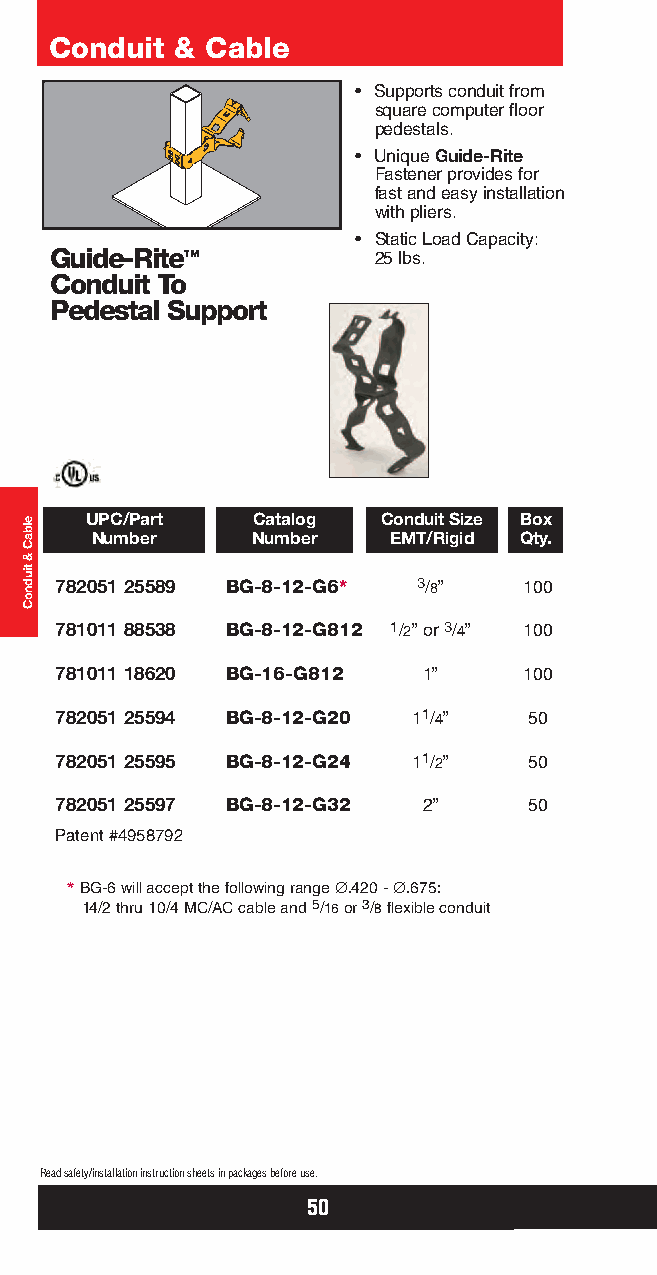
Conduit  & Cable
 • Supports conduit from
 square computer floor
 pedestals.
 • Unique Guide-Rite
 Fastener provides for
 fast and easy installation
 with pliers.
 • Static Load Capacity:
 Guide-Rite™           25 lbs.
 Conduit To
 Pedestal Support
 UPC/Part   Catalog Conduit Size Box
 Number     Number   EMT/Rigid Qty.
 782051 25589 BG-8-12-G6* 3/8”  100
 781011 88538 BG-8-12-G812 1/2” or 3/4” 100
 781011 18620 BG-16-G812 1”     100
 782051 25594 BG-8-12-G20 11/4” 50
 782051 25595 BG-8-12-G24 11/2” 50
 782051 25597 BG-8-12-G32 2”    50
 Patent #4958792
 *BG-6 will accept the following range ∅.420 - ∅.675:
 14/2 thru 10/4 MC/AC cable and 5/16or 3/8flexible conduit
 Read safety/installation instruction sheets in packages before use.
 50
 elbaC
 &
 tiudnoC